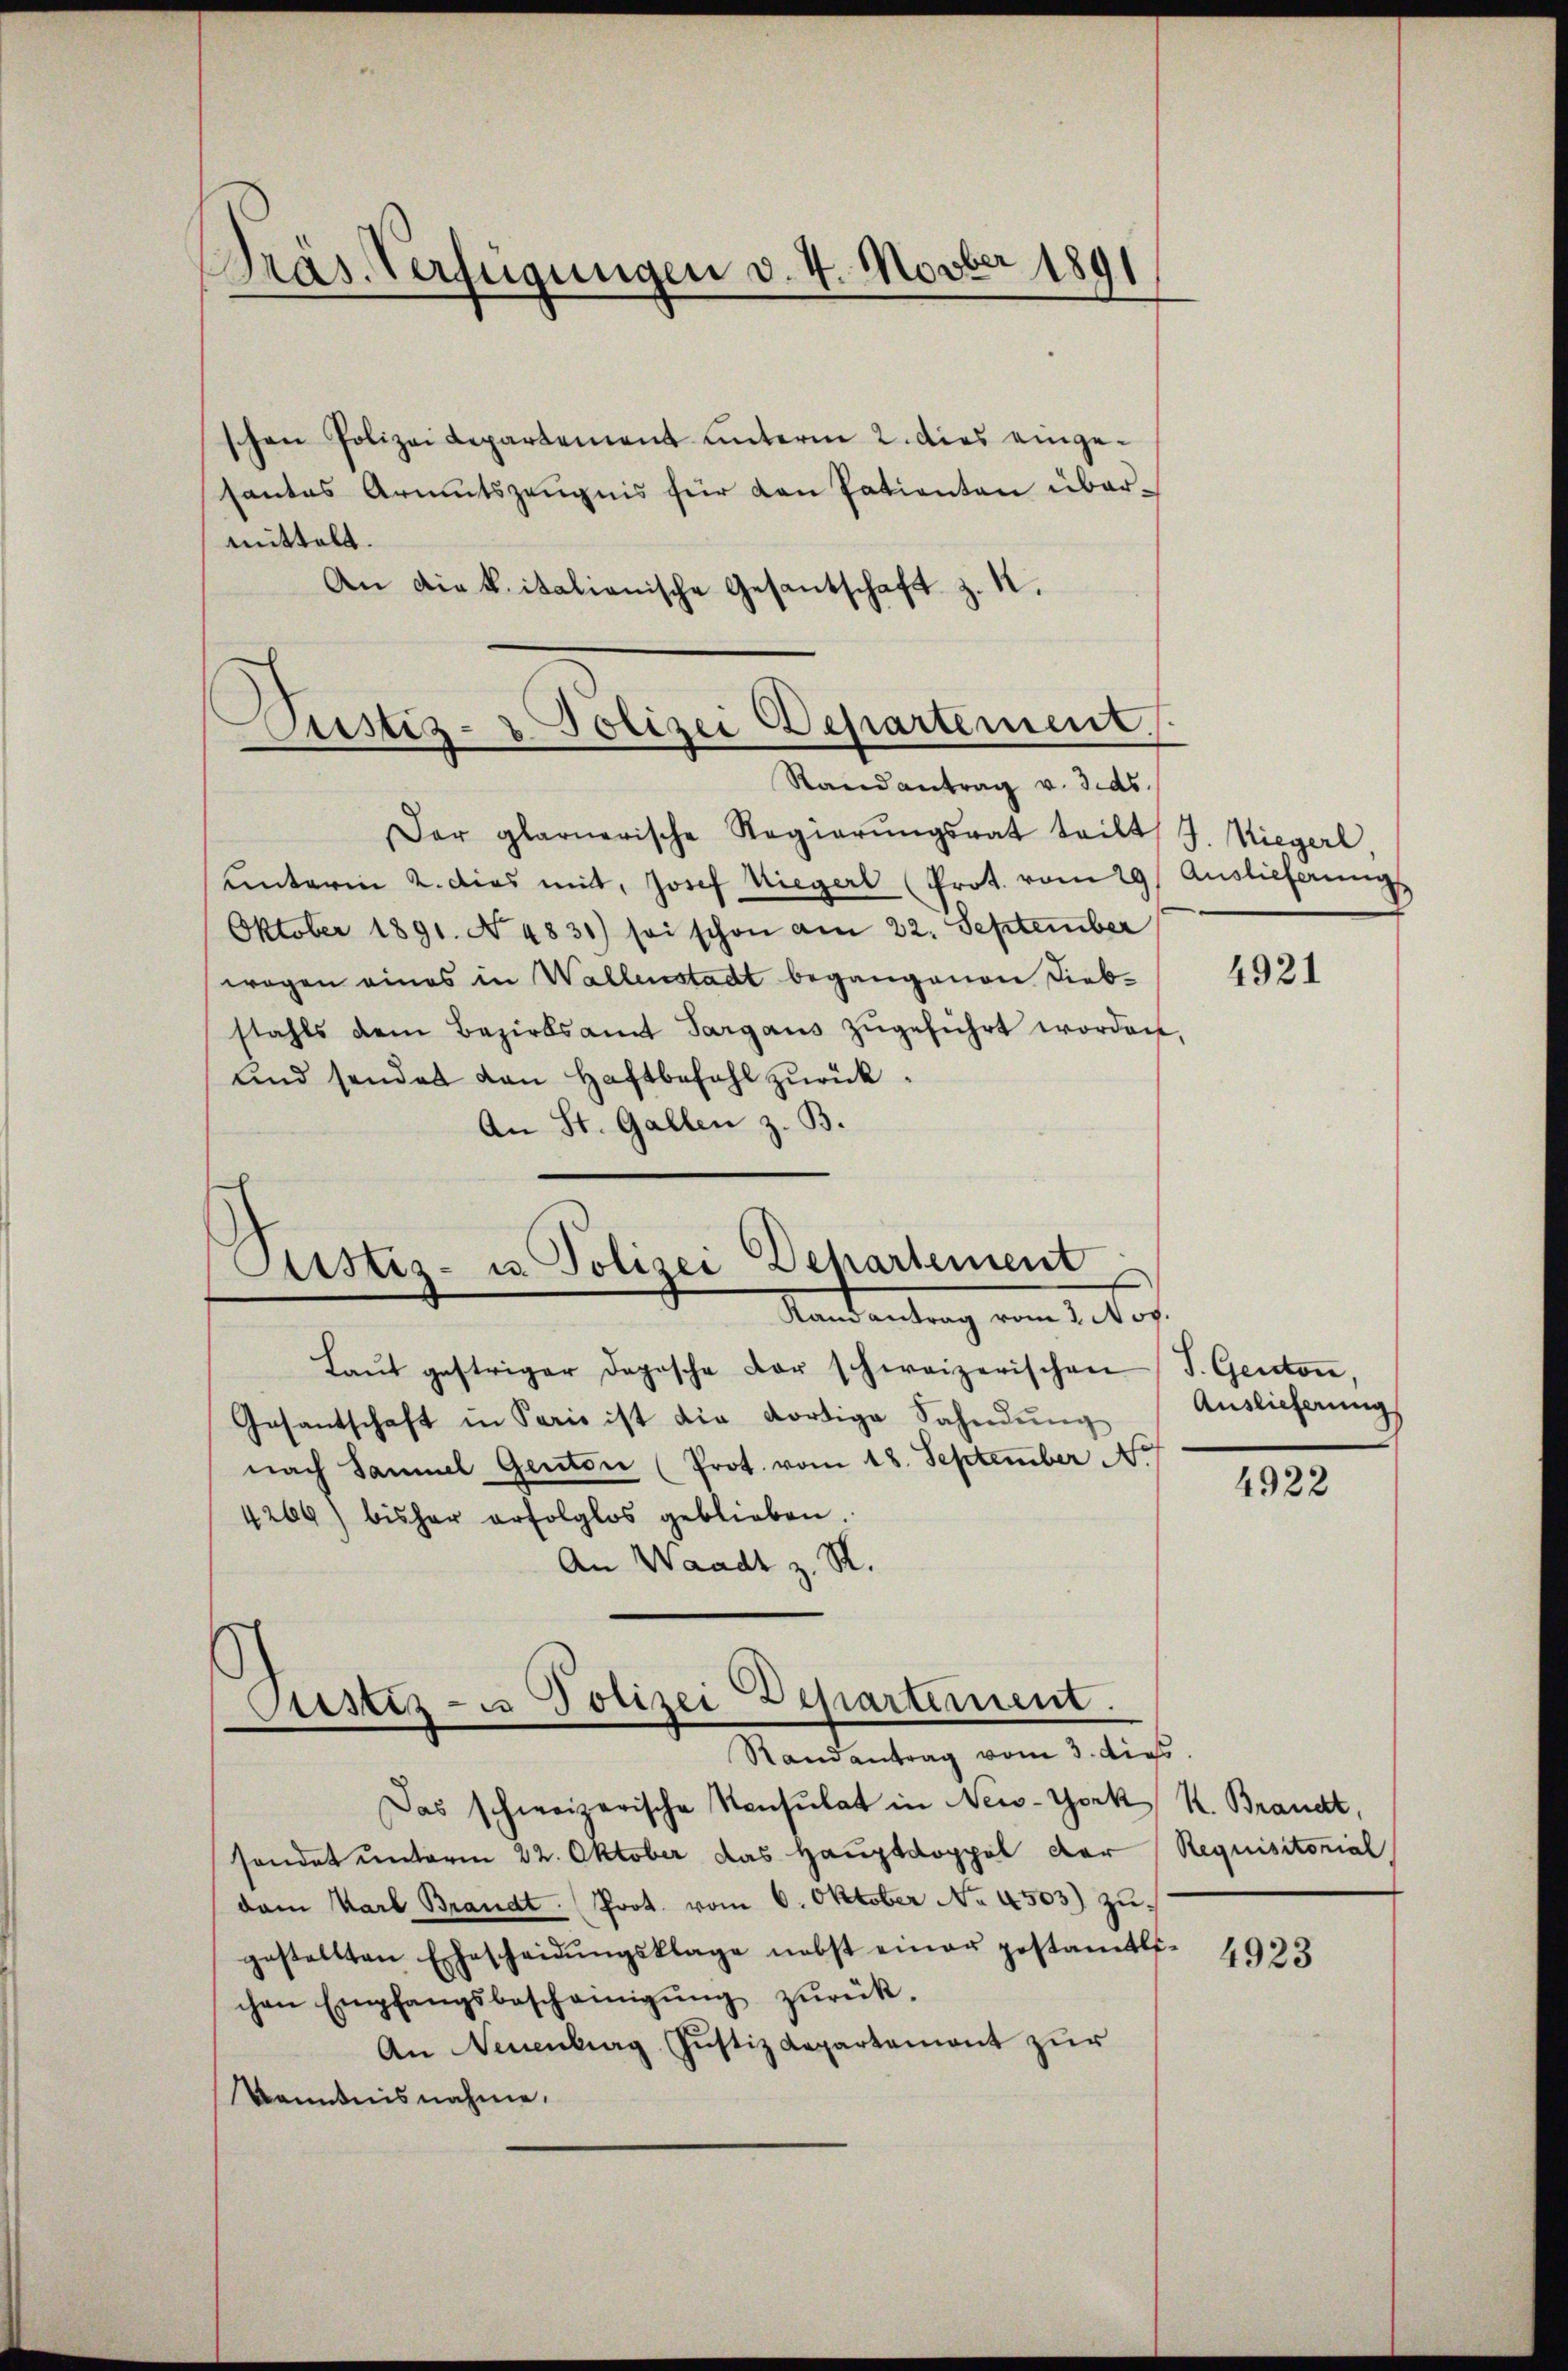
Präs. Verfügungen v. 4. Novber 1891

Justiz- & Polizei Departement.
Randantrag v. 3. ds.

Justiz- u. Polizei Departement

schen Polizei Repartement unterm 2. dies eingesantas Armutszeugnis für den Patienten übermittelt.
An die kitalianische Gesantschaft z. K.
Der glarnerische Regierŭngsrat teilt J. Hiegerl.
unterm 2. dies mit, Josef Liegerl (Prot. vom 29. Auslieferungs
Oktober 1891. No 4831) sei schon am 22. September
wegen eines in Wallenstadt begangenen Diebstahls dem Bezirksamt Sargaus zŭgeführt worden,
und sendes von Haftbefohl zŭrück.
An St. Gallen z. B.
Mandantung vom 1. Jos.
Laŭt gestriger dopische der schweizerischen J. Genton
Gesantschaft in Paris ist die dortige Sahndŭng
nach Samuel Genton (Prot. vom 18. September N.
4269) bisher erfolglos geblieben.
An Waadt z. R.
Justiz- u Polizei Departement.
Randantrag vom 3. dies
Das schweizerische Konsulat in New-York R. Brandt,
sondet unterm 22. Oktober das Hauptdoppel der Requisitorial
dem Karl Brandt. Prot. vom 6. Oktober No. 4503) zugestellten Ehescheidŭngsklage nebst einer gestamtli-
chen Empfangsbescheinigŭng zŭrück-
An Neuenburg Justiz Repartemont zur
Kenntnisnahme.

4921

Auslieferung

4922

4923